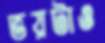
ভয়টাও